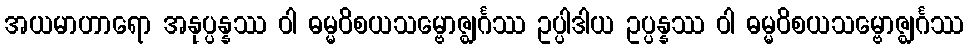
အယမာဟာရော အနုပ္ပန္နဿ ဝါ ဓမ္မဝိစယသမ္ဗောဇ္ဈင်္ဂဿ ဥပ္ပါဒါယ ဥပ္ပန္နဿ ဝါ ဓမ္မဝိစယသမ္ဗောဇ္ဈင်္ဂဿ